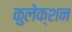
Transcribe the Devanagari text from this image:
कुलेक्शन